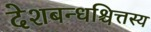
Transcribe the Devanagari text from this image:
देशबन्धश्चित्तस्य